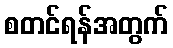
စတင်ရန်အတွက်